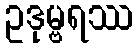
ဥဒုမ္ဗရဿ